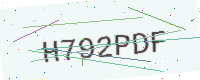
Text: H792PDF